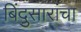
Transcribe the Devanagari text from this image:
बिंदुसारांचा